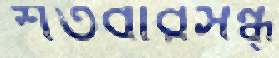
শতবারসন্ধ্